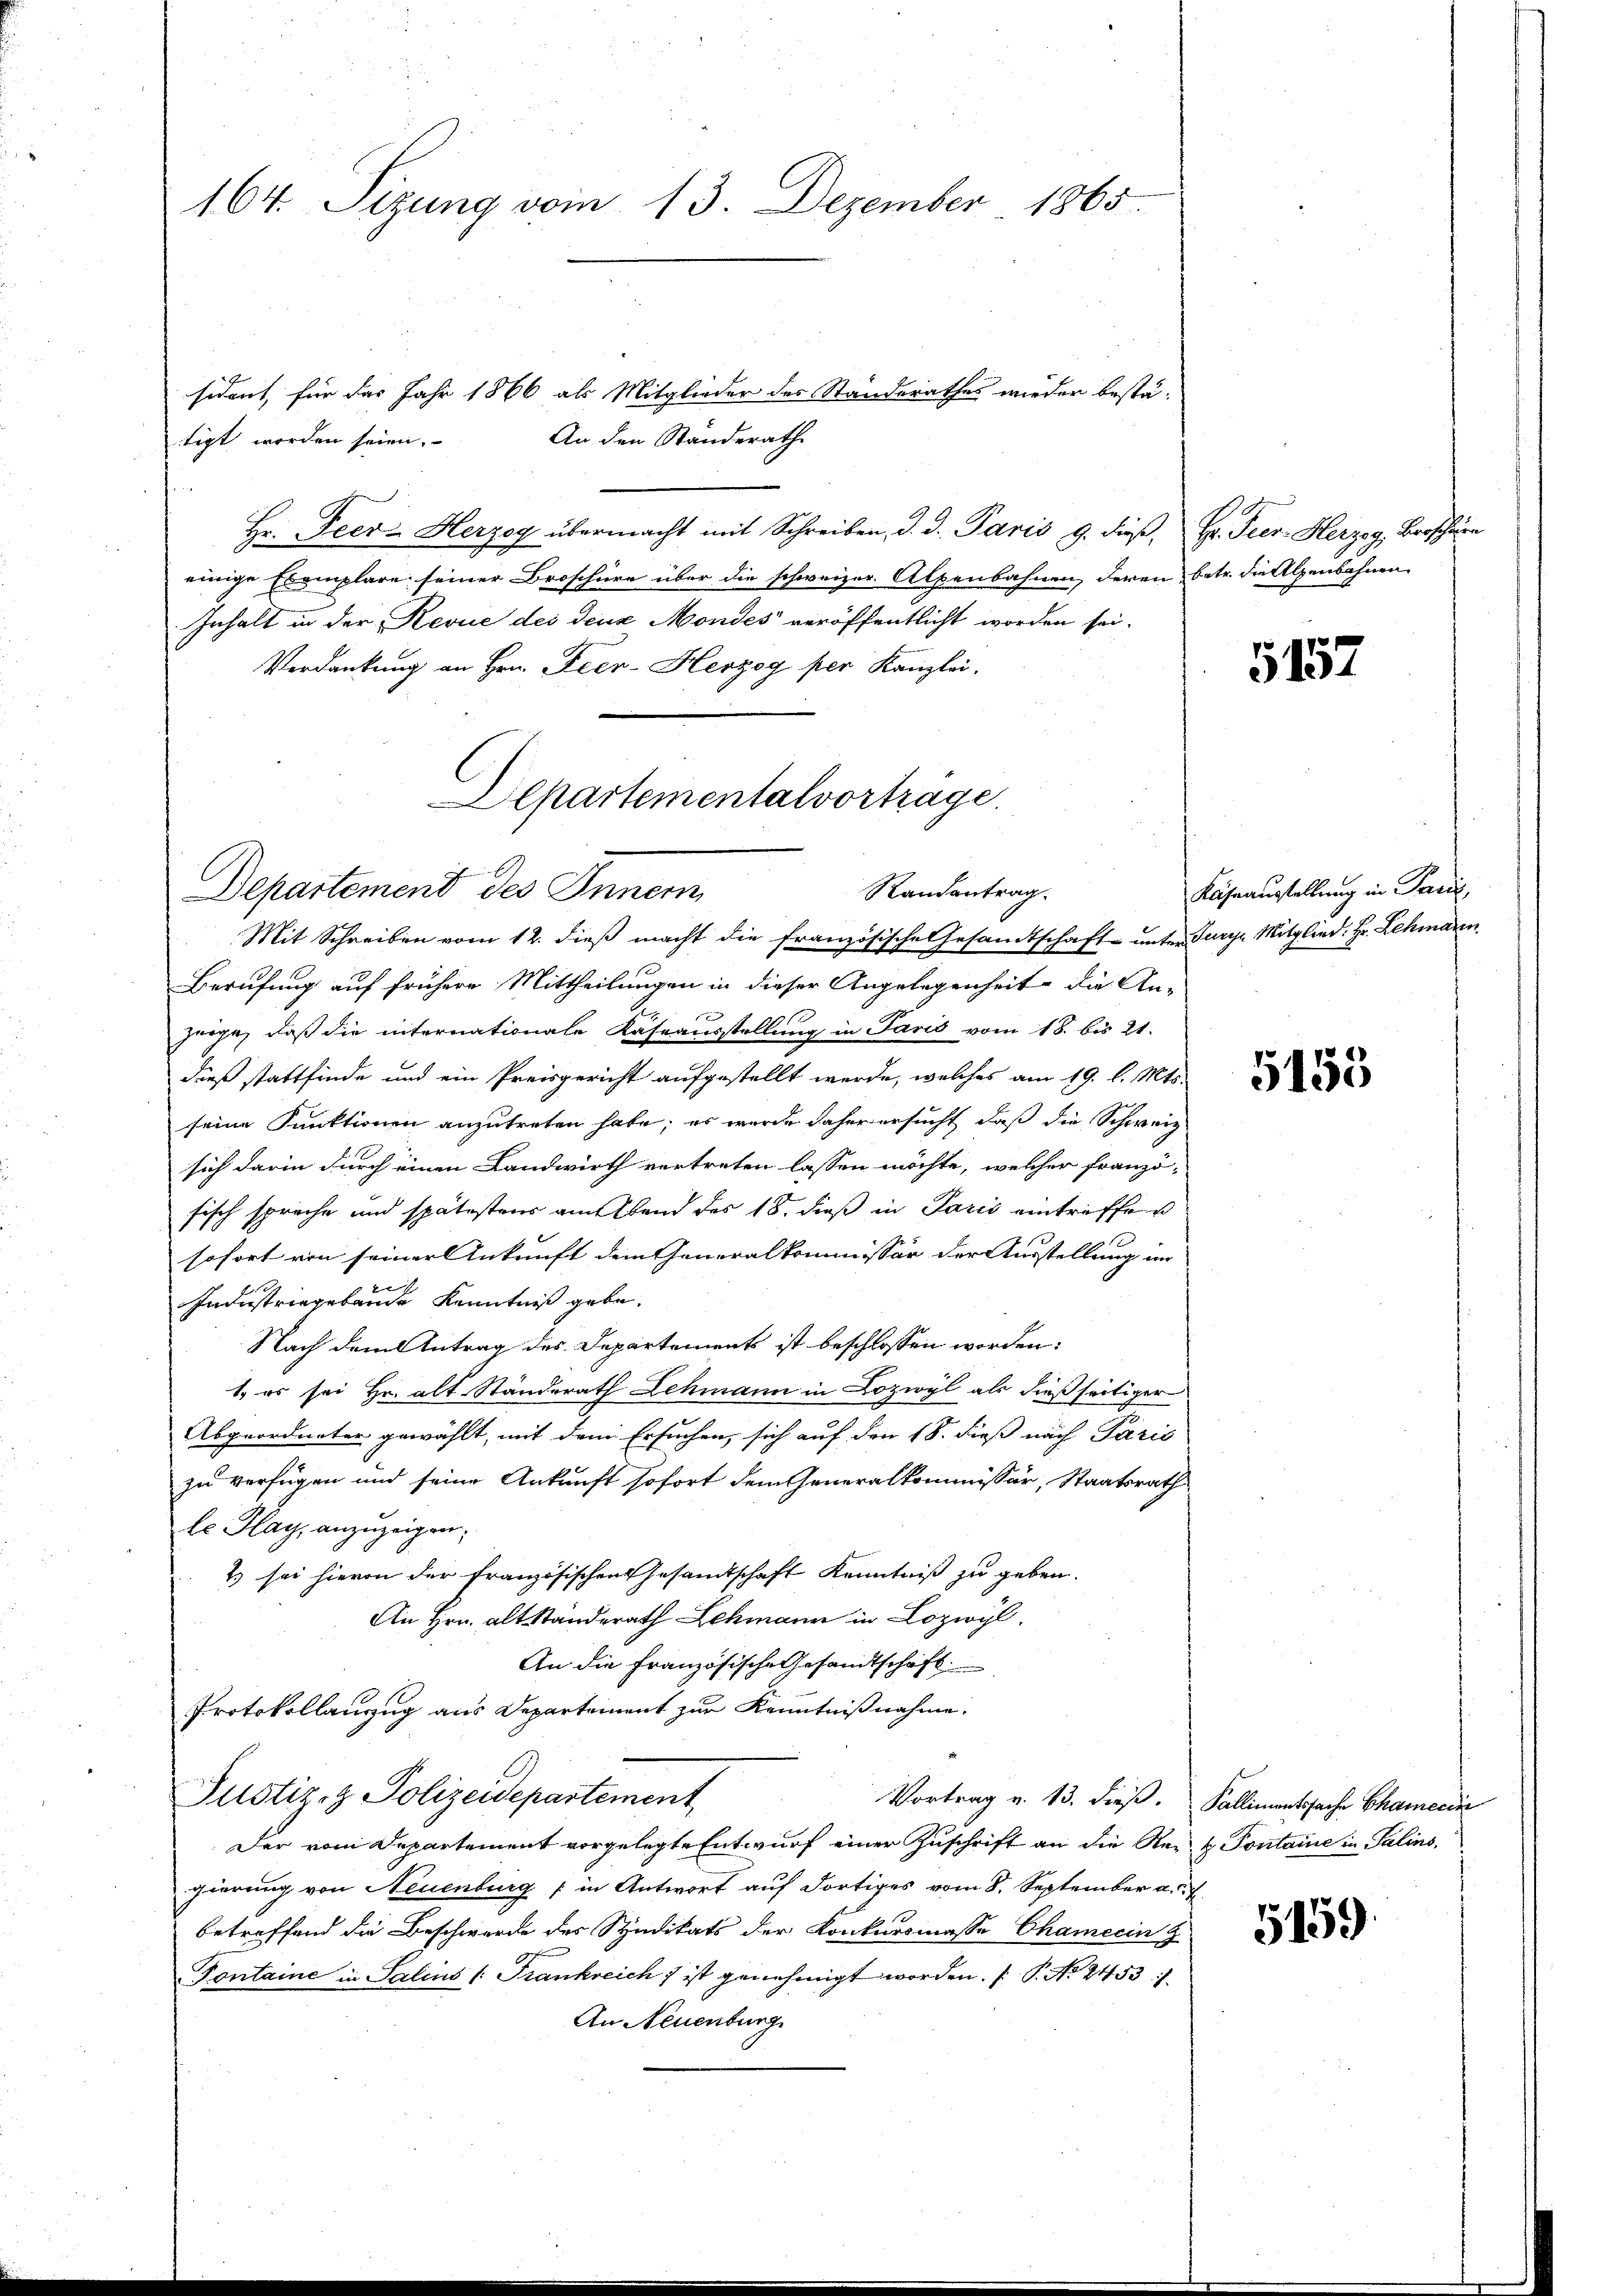
sident, für das Jahr 1866 als Mitglieder des Standerathes wieder bestä-
An den Standerath
tigt worden seien.
Hr. Feers Herzog übermacht mit Schreiben, d. d. Paris 9. dieß Hr. Pier. Herzog, Broschüre
einige Exemplare seiner Broschüre über die schweizer. Alpenbahnen, deren betr. die Alpenbahnen
Inhalt in der Revue des deux Mondes veröffentlicht worden sei.
Verdankung an Hrn. Feer-Herzog per Kanzlei.

164. Sizung vom 13. Dezember 1865.

Departementalvortrage.
f
Departemend des Inner
Randentrag.

Mit Schreiben vom 12. dieß macht die französische Gesandtschaft unter Turye Mitglied: Hr. Lehmarrn
Berufung auf frühere Mittheilungen in dieser Angelegenheit die An-
zorge, daß die internationale Kaseausstellung in Paris vom 18. bis 21.
dieß stattfinde und ein Preisgericht aufgestellt werde, welches am 19. l. Mts.
seine Funktionen anzutreten habe; es wurde daher ersucht, daß die Schweiz
sich darin durch einen Landwirth vertreten lassen möchte, welcher franzö-
sisch sprache und spätestens am Abend des 18. dieß in Paris eintriffen
sofort von seiner Ankunft dem Generalkommissär der Ausstellung im
Industriegebäude Kenntniß gebe.
Nach dem Antrag des Departements ist beschlossen worden:
1. es sei Hr. alt Ständerath Lehmann in Lozivyl als dießseitiger
Abgeordneter gewählt, mit dem Ersuchen, sich auf den 18. dies nach Paris
zu verfügen und seine Ankunft sofort dem Generalkommissär, Staatsrath
le Hay, anzuzeigen;
2) sei hievon der französischen Gesandtschaft Kenntniß zu geben.
An Hrn. Altstanderath Schmann in Lozwyl,
An die Französische Gesandtschaft
Protokollanzug aus Departement zur Kenntnißnahme.
Justiz- & Polizeidepartement
Vortrag v. 13. dieß. Fallimentssache Chamerin
Der vom Departement vorgelegte Entwurf einer Zuschrift an die Rei- & Pontaine in Salins,
gierung von Neuenburg in Antwort auf dortiges vom 8. September a.
betreffend die Beschwerde des Syndikats der Konkursmasse Chamerin z
Fontaine in Salins (Frankreich ist genehmigt worden. ( P. No 2453. 1
An Neuenburg

5152

Käseausstellung in Paris,

5155

5159